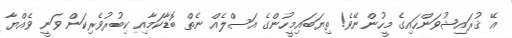
އޭ ޤުރައިޝުވަންހައިގެ މީހުންނޭވެ! ތިޔަބައިމީހުންގެ އަސްލެއް ނެތް ބޮޑާކަމާއި ކިބުރުވެރިކަން ވަނީ ވެއްޔާ